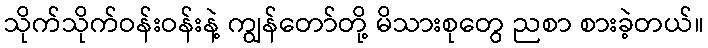
သိုက်သိုက်ဝန်းဝန်းနဲ့ ကျွန်တော်တို့ မိသားစုတွေ ညစာ စားခဲ့တယ်။